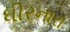
ધીરનારા